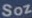
Soz